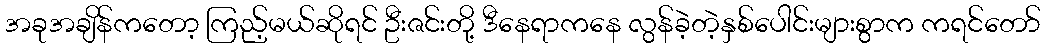
အခုအချိန်ကတော့ ကြည့်မယ်ဆိုရင် ဦးဇင်းတို့ ဒီနေရာကနေ လွန်ခဲ့တဲ့နှစ်ပေါင်းများစွာက ကရင်တော်